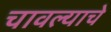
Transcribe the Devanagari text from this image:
चावल्याचे